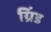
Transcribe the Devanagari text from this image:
ग्रिंड